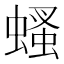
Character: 𧎇